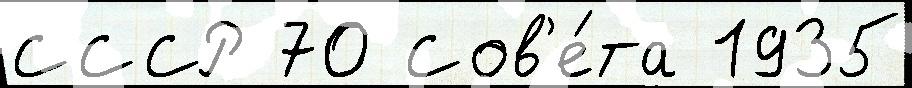
СССР 70 Сов'е́та 1935